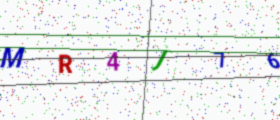
Text: MR4J76